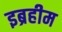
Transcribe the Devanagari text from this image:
इब्रहीम